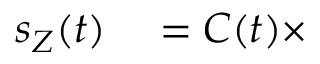
\begin{array} { r l } { s _ { Z } ( t ) } & { { } = C ( t ) \times } \end{array}